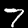
Digit: 7